Report on vaccination North-West Frontier Province 1904-1922 - 1904-1922
Year: 1904
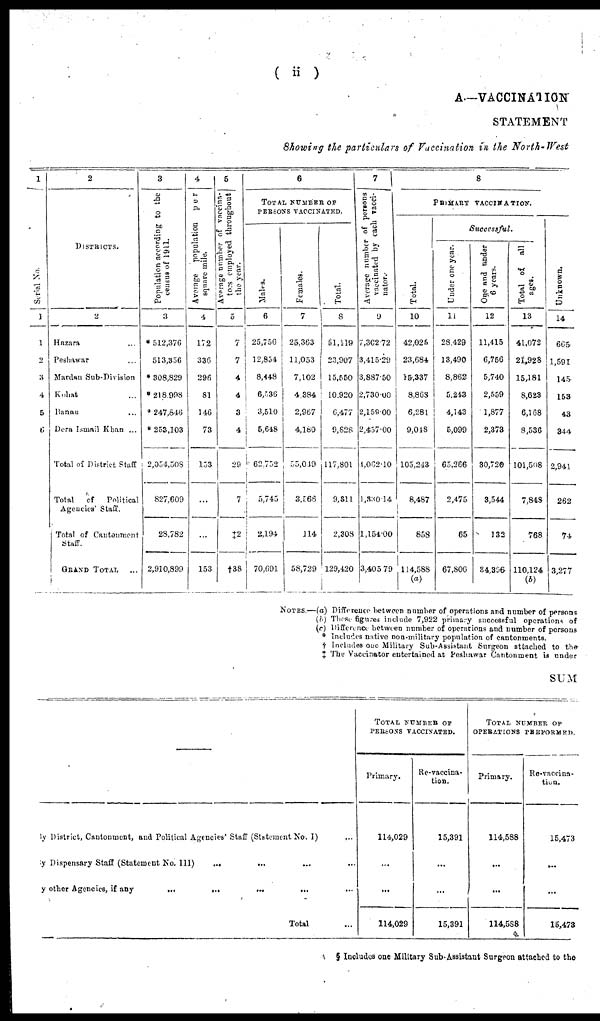
( ii )
A.—VACCINATION
STATEMENT
Showing the particulars of Vaccination in the North- West
1
Serial No.
1
1
2
3
4
5
6
2
DISTRICTS.
2
Hazara ...
Peshawar ...
Mardan Sub-Division
Kohat ...
Bannu ...
Dera Ismail Khan ...
Total of District Staff
Total
of
Political
Agencies Staff.
Total of Cantonment
Staff.
GRAND
TOTAL ...
3
Population according to the
census of 1911.
3
* 512,376
513,356
* 308,829
*218,998
* 247,846
*253,103
2,054,508
827,609
28,782
2,910,899
4
Average
population
per
square mile.
4
172
336
296
81
146
73
153
...
...
153
5
Average number of vaccina-
tors employed throughout
the year.
5
7
7
4
4
3
4
29
7
‡2
†38
6
TOTAL NUMBER OF
PERSONS VACCINATED.
Males.
6
25,750
12,854
8,448
6,336
3,510
5,648
62,752
5,745
2,194
70,691
Females.
7
25,363
11,053
7,102
4,384
2,967
4,180
55,049
3,566
114
58,729
Total.
8
51,119
23,907
15,550
10,920
6,477
9,828
117,801
9,811
2,308
129,420
7
Average number of persons
vaccinated by each vacci-
nator.
9
7,302.72
3,415.29
3,887.50
2,730.00
2,159.00
2,457.00
4,062.10
1,330.14
1,154.00
3,405.79
8
PRIMARY VACCNATION.
Total.
10
42,025
23,684
15,337
8,868
6,281
9,048
105,243
8,487
858
114,588
(a)
Successful.
Under one year.
11
28,429
13,490
8,862
5,243
4,143
5,099
65,266
2,475
65
67,806
One and under
6 years.
12
11,415
6,756
5,740
2,559
1,877
2,373
30,720
3,544
132
34,396
Total of
all
ages.
13
41,072
21,928
15,181
8,623
6,168
8,536
101,508
7,848
768
110,124
(b)
Unknown.
14
665
1,591
145
153
43
344
2,941
262
74
3,277
NOTES.—(a) Diffrence between number of operations and number of persons
(b) These figures include 7,922 primary successful operations of
(c) Difference between number of operations and number of persons
* Includes native non-military population of cantonments.
† Includes one Military Sub-Assistant Surgeon attached to the
‡ The Vaccinator entertained at Peshawar Cantonment is under
SUM
By District, Cantonment, and Political Agencies' Staff (Statement No. I)
By Dispensary Staff (Statement No. III)
...
By other Agencies, if any ... ... ... ... ...
Total ...
TOTAL NUMBER OF
PERSONS VACCINATED.
Primary.
114,029
...
...
114,029
Re-vaccina-
tion.
15,391
...
...
15,391
TOTAL NUMBER OF
OPERATIONS PERFORMED.
Primary.
114,588
...
...
114,588
Re-vaccina-
tion.
15,473
...
...
15,473
§ Includes one Military Sub-Assistant Surgeon attached to the